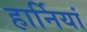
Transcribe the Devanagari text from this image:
हार्नियां